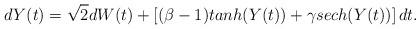
LaTeX: \begin{align*}dY(t)=\sqrt{2}dW(t)+\left[(\beta-1)tanh(Y(t))+\gamma sech(Y(t))\right]dt.\end{align*}